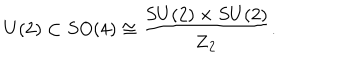
LaTeX: U ( 2 ) \subset S O ( 4 ) \cong { \frac { S U ( 2 ) \times S U ( 2 ) } { { \bf Z } _ { 2 } } } .